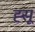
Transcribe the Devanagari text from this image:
ह्सू